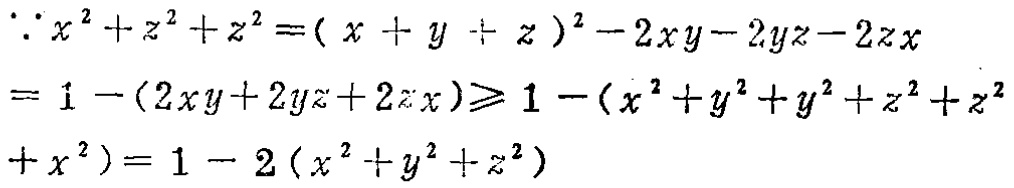
\(\because x^{2}+y^{2}+z^{2}=(x + y + z)^{2}-2xy - 2yz - 2zx\)
\(=1-(2xy + 2yz + 2zx)\geqslant1-(x^{2}+y^{2}+y^{2}+z^{2}+z^{2}+x^{2})=1 - 2(x^{2}+y^{2}+z^{2})\)